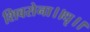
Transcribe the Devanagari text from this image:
शिवसेना।।धृ।।